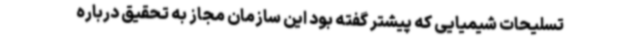
تسلیحات شیمیایی که پیشتر گفته بود این سازمان مجاز به تحقیق درباره